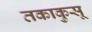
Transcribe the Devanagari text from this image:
तकाकुसू